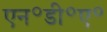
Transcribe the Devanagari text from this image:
एन॰डी॰ए॰